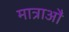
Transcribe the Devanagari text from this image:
मात्राऔं